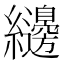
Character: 𮉝